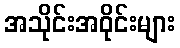
အသိုင်းအဝိုင်းများ